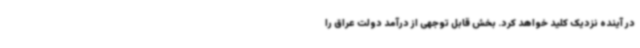
در آینده نزدیک کلید خواهد کرد. بخش قابل توجهی از درآمد دولت عراق را